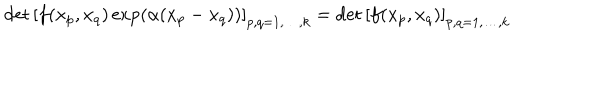
LaTeX: \det \left[ f ( x _ { p } , x _ { q } ) \exp \left( \alpha ( x _ { p } - x _ { q } ) \right) \right] _ { p , q = 1 , \ldots , k } = \det \left[ f ( x _ { p } , x _ { q } ) \right] _ { p , q = 1 , \ldots , k }